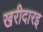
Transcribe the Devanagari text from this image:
खरीदारइ